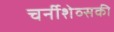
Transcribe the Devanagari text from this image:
चर्नीशेव्सकी